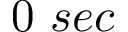
0 ~ s e c